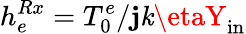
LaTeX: h_{e}^{Rx}=T_{0}^{e}/\mathbf{j}\mathit{k}\etaY_{\mathrm{{in}}}